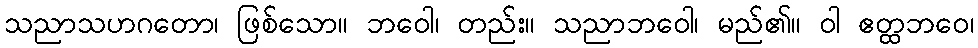
သညာသဟဂတော၊ ဖြစ်သော။ ဘဝေါ၊ တည်း။ သညာဘဝေါ၊ မည်၏။ ဝါ ဧတ္ထဘဝေ၊